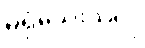
မရှိသေးသလို